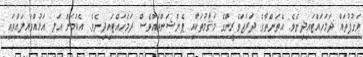
ވަގުފުތައް ދަމަހައްޓައިދިނެވެ. އެތަންތާގެ ދަރަޖަވެރީންގެ މަޤާމުތަކާއި ޕެންޝަންތައްވެސް ދަމަހައްޓައިދިނެވެ. އެކަމަށް އަލި އަޅުއްވައިލައްވައި